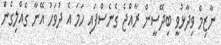
ނާޒިމް ވިދާޅުވީ ބިދޭސީން ރާއްޖެ ގެނެސްފައި ހަމަ އެ ދުވަހު އޭނާ ގެއްލިގެން